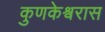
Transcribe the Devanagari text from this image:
कुणकेश्र्वरास